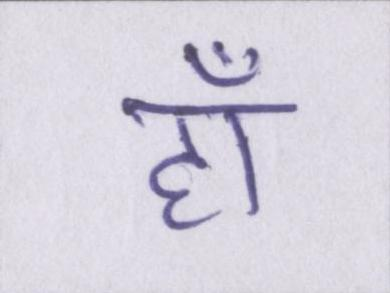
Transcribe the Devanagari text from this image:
हाँ